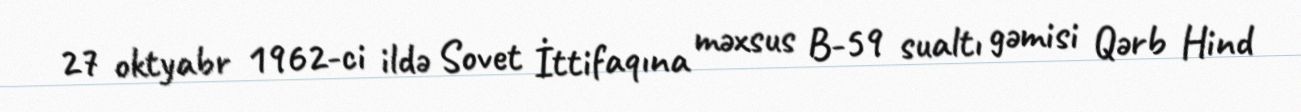
27 oktyabr 1962-ci ildə Sovet İttifaqına məxsus B-59 sualtı gəmisi Qərb Hind